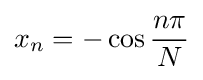
x_{n}=-\cos {\frac {n\pi }{N}}